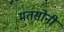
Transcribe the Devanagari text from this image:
मतसोनी